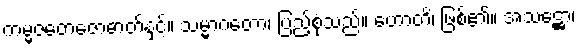
ကမ္မဇတေဇောဓာတ်နှင့်။ သမ္မာဂတော၊ ပြည့်စုံသည်။ ဟောတိ၊ ဖြစ်၏။ အသဋ္ဌော၊